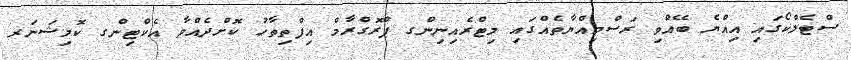
ސްޓެލްކޯގައި އިއްޔެ ބޭއްވި ރަސްމިއްޔާތެއްގައި މިޓްރެއިނިންގ ޕްރޮގްރާމް އިފްތިތާހު ކޮށްދެއްވާ އެކްޓިންގ ކޮމިޝަނަރ